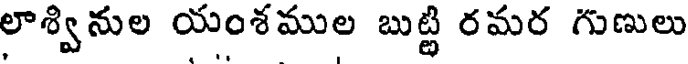
లాశ్వినుల యంశముల బుట్టి రమర గుణులు